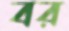
বর